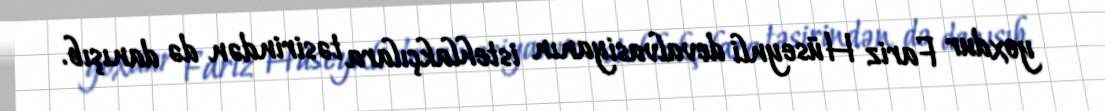
yoxdur Fariz Hüseynli devalvasiyanın istehlakçılara təsirindən də danışıb.